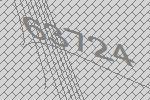
63724